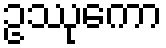
ဥဿုကော